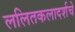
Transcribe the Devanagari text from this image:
ललितकलादर्शचे